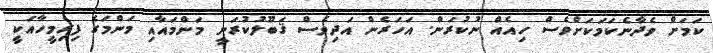
ކަމަށް ވެދާނެކަމަކަށްވެސް ހިއެއް ނުކުރަން. އަހަރެން އަދިވެސް ޤަބޫލުކުރަނީ މަންމައާއި މަންމަގެ ފިރިމީހާއަކީ